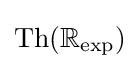
\operatorname {Th} (\mathbb {R} _{\exp })